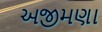
અજીમણા